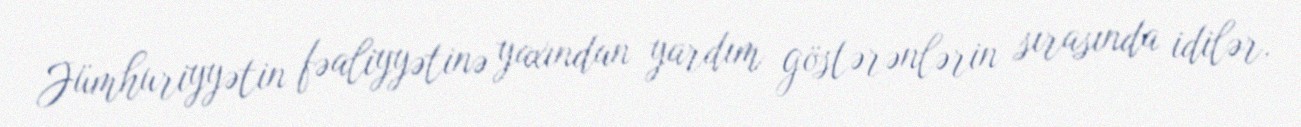
Jümhuriyyətin fəaliyyətinə yaxından yardım göstərənlərin sırasında idilər.